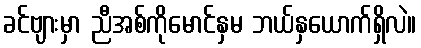
ခင်ဗျားမှာ ညီအစ်ကိုမောင်နှမ ဘယ်နှယောက်ရှိလဲ။